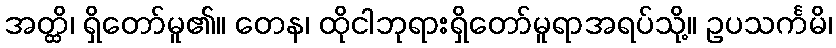
အတ္ထိ၊ ရှိတော်မူ၏။ တေန၊ ထိုငါဘုရားရှိတော်မူရာအရပ်သို့။ ဥပသင်္ကမိ၊